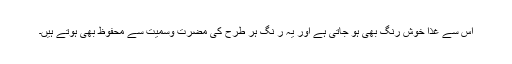
اس سے غذا خوش رنگ بھی ہو جاتی ہے اور یہ ر نگ ہر طرح کی مضرت وسمیت سے محفوظ بھی ہوتے ہیں۔